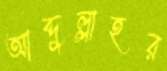
আব্দুল্লাহর